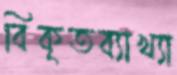
বিকৃতব্যাখ্যা